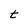
Character: t